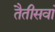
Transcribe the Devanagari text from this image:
तैतीसवां